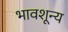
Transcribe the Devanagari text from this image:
भावशून्‍य